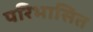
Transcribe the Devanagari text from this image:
परिभासित